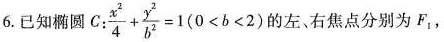
6.已知椭圆 $$C : \frac { x ^ { 2 } } { 4 } + \frac { y ^ { 2 } } { b ^ { 2 } } = 1 ( 0 < b < 2$$ 的左、右焦点分别为F_{1}，